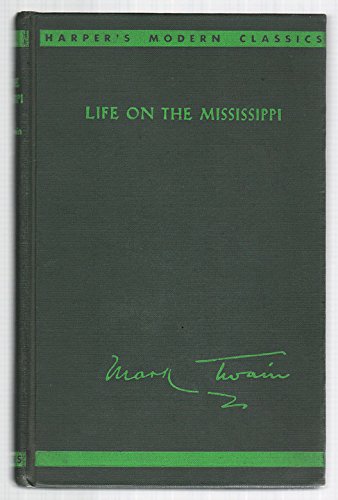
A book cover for Life on the Mississippi, (Harper's modern classics); Mark Twain; Travel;